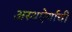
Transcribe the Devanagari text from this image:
अस्थऐर्याची